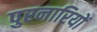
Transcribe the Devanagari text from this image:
पुरनारियों